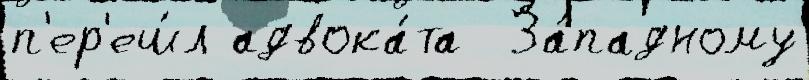
п'ер'еш́л адвока́та  За́падному